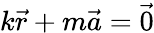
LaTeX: k{\vec{r}}+m{\vec{a}}=\vec{0}